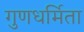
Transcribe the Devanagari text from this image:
गुणधर्मिता